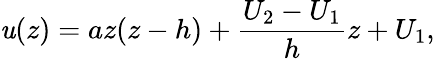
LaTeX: \mathit{u}(z)=az(z-h)+\frac{{U_{2}-U_{1}}}{{h}}z+U_{1},